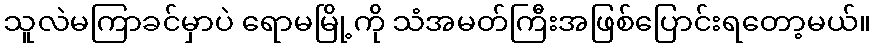
သူလဲမကြာခင်မှာပဲ ရောမမြို့ကို သံအမတ်ကြီးအဖြစ်ပြောင်းရတော့မယ်။